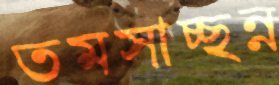
তমসাচ্ছন্ন